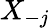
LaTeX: X_{-j}